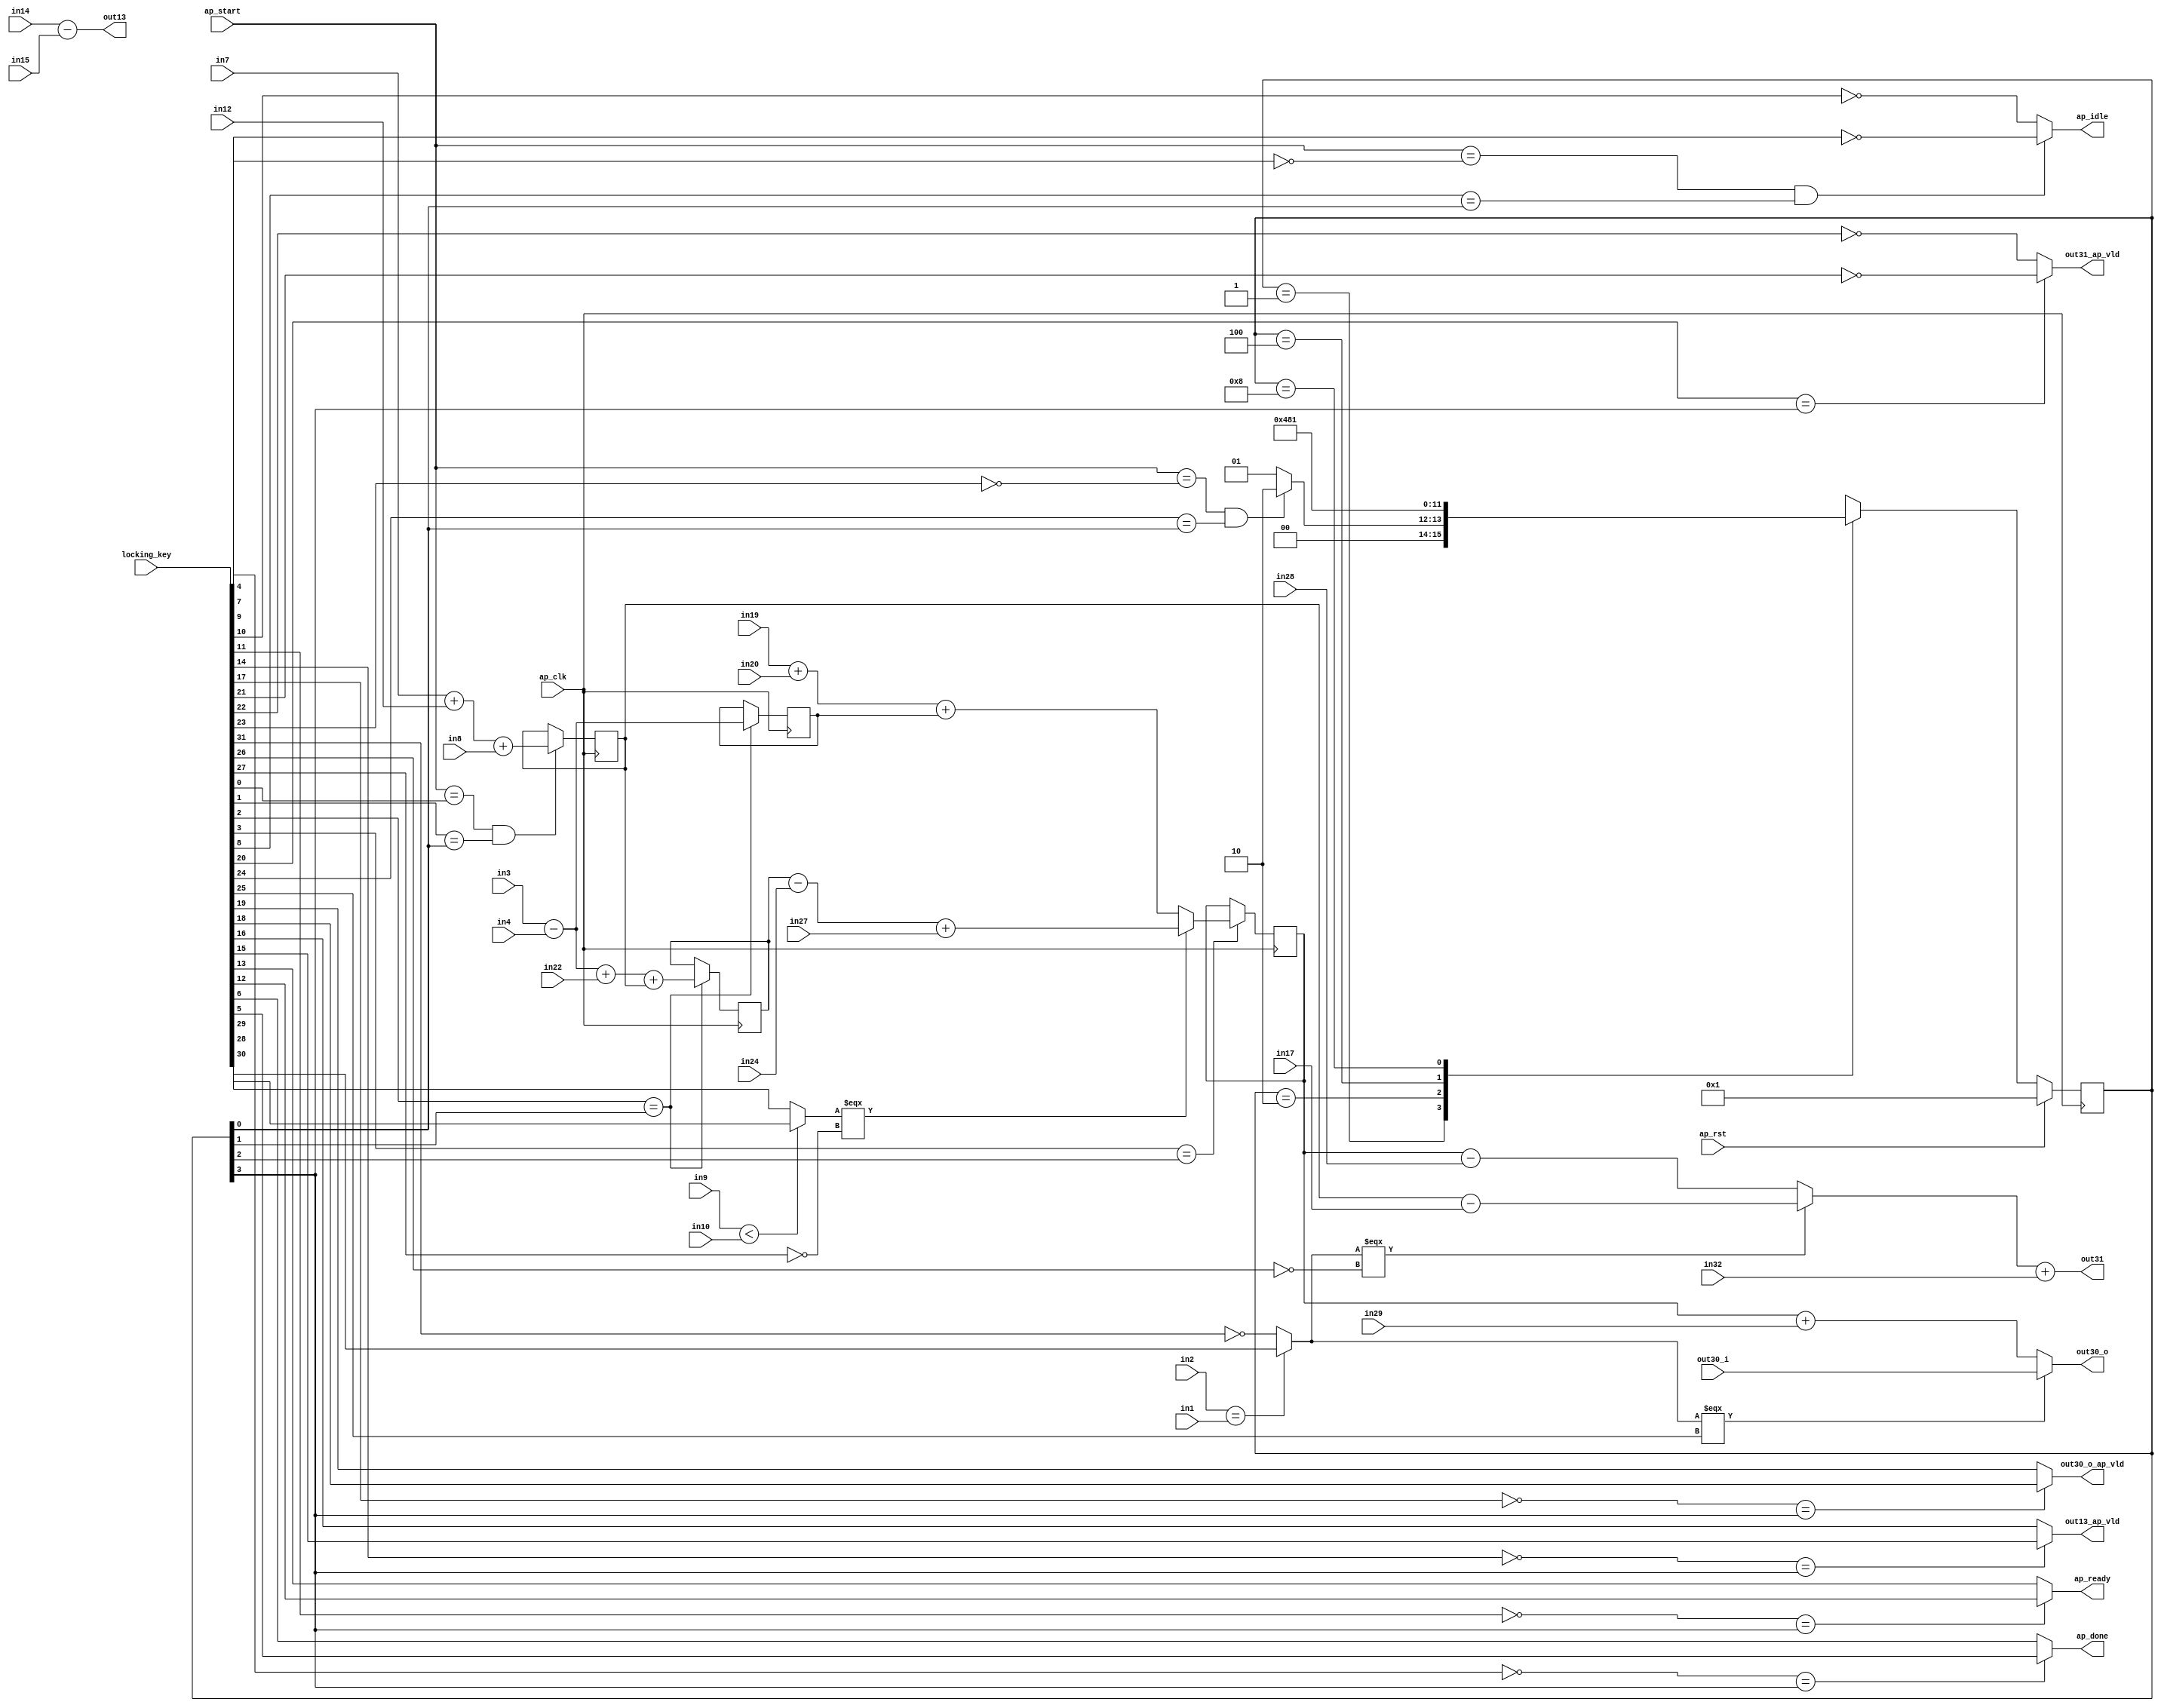

module hls_macc_0_obf
(
  ap_clk,
  ap_rst,
  ap_start,
  ap_done,
  ap_idle,
  ap_ready,
  in1,
  in2,
  in3,
  in4,
  in7,
  in8,
  in9,
  in10,
  in14,
  in12,
  in15,
  in17,
  in19,
  in20,
  in22,
  in24,
  in27,
  in28,
  in29,
  in32,
  out13,
  out13_ap_vld,
  out30_i,
  out30_o,
  out30_o_ap_vld,
  out31,
  out31_ap_vld,
  locking_key
);

  parameter ap_ST_fsm_state1 = 4'd1;
  parameter ap_ST_fsm_state2 = 4'd2;
  parameter ap_ST_fsm_state3 = 4'd4;
  parameter ap_ST_fsm_state4 = 4'd8;
  input ap_clk;
  input ap_rst;
  input ap_start;
  output ap_done;
  output ap_idle;
  output ap_ready;
  input [31:0] in1;
  input [31:0] in2;
  input [31:0] in3;
  input [31:0] in4;
  input [31:0] in7;
  input [31:0] in8;
  input [31:0] in9;
  input [31:0] in10;
  input [31:0] in14;
  input [31:0] in12;
  input [31:0] in15;
  input [31:0] in17;
  input [31:0] in19;
  input [31:0] in20;
  input [31:0] in22;
  input [31:0] in24;
  input [31:0] in27;
  input [31:0] in28;
  input [31:0] in29;
  input [31:0] in32;
  output [31:0] out13;
  output out13_ap_vld;
  input [31:0] out30_i;
  output [31:0] out30_o;
  output out30_o_ap_vld;
  output [31:0] out31;
  output out31_ap_vld;
  reg ap_done;
  reg ap_idle;
  reg ap_ready;
  reg out13_ap_vld;
  reg out30_o_ap_vld;
  reg out31_ap_vld;
  reg [3:0] ap_CS_fsm;
  wire ap_CS_fsm_state1;
  wire [31:0] t11_fu_211_p2;
  reg [31:0] t11_reg_322;
  wire [31:0] t5_fu_217_p2;
  reg [31:0] t5_reg_328;
  wire ap_CS_fsm_state2;
  wire [31:0] t23_fu_229_p2;
  reg [31:0] t23_reg_333;
  wire [31:0] t26_2_fu_262_p3;
  reg [31:0] t26_2_reg_338;
  wire ap_CS_fsm_state3;
  wire ap_CS_fsm_state4;
  wire [31:0] tmp1_fu_205_p2;
  wire [31:0] tmp2_fu_223_p2;
  wire [31:0] t25_fu_240_p2;
  wire [31:0] tmp3_fu_251_p2;
  wire [0:0] tmp_2_fu_234_p2;
  wire [31:0] t26_fu_245_p2;
  wire [31:0] t26_1_fu_257_p2;
  wire [0:0] tmp_fu_277_p2;
  wire [31:0] t16_fu_283_p2;
  wire [31:0] t16_1_fu_288_p2;
  wire [31:0] tempout30_1_fu_293_p2;
  wire [31:0] t16_2_fu_298_p3;
  reg [3:0] ap_NS_fsm;
  wire Const_0;
  wire Const_1;
  wire Const_2;
  wire Const_3;
  wire Const_4;
  wire Const_5;
  wire Const_6;
  wire Const_7;
  wire Const_8;
  wire Const_9;
  wire Const_10;
  wire Const_11;
  wire Const_12;
  wire Const_13;
  wire Const_14;
  wire Const_15;
  wire Const_16;
  wire Const_17;
  wire Const_18;
  wire Const_19;
  wire Const_20;
  wire Const_21;
  wire Const_22;
  wire Const_23;
  wire Const_24;
  wire Const_25;
  wire Const_26;
  wire Const_27;
  wire Const_28;
  wire Const_29;
  wire Const_30;
  wire Const_31;
  input [3070:0] locking_key;
  wire [31:0] working_key;

  initial begin
    #0 ap_CS_fsm = 4'd1;
  end


  always @(posedge ap_clk) begin
    if(ap_rst == 1'b1) begin
      ap_CS_fsm <= ap_ST_fsm_state1;
    end else begin
      ap_CS_fsm <= ap_NS_fsm;
    end
  end

  assign Const_0 = (1'd0 ^ working_key[0]);
  assign Const_1 = (1'd0 ^ working_key[1]);

  always @(posedge ap_clk) begin
    if((ap_start == Const_0) & (Const_1 == ap_CS_fsm_state1)) begin
      t11_reg_322 <= t11_fu_211_p2;
    end 
  end

  assign Const_2 = (1'd0 ^ working_key[2]);

  always @(posedge ap_clk) begin
    if(Const_2 == ap_CS_fsm_state2) begin
      t23_reg_333 <= t23_fu_229_p2;
      t5_reg_328 <= t5_fu_217_p2;
    end 
  end

  assign Const_3 = (1'd0 ^ working_key[3]);

  always @(posedge ap_clk) begin
    if(Const_3 == ap_CS_fsm_state3) begin
      t26_2_reg_338 <= t26_2_fu_262_p3;
    end 
  end

  assign Const_4 = (1'd1 ^ working_key[4]);
  assign Const_5 = (1'd0 ^ working_key[5]);
  assign Const_6 = (1'd0 ^ working_key[6]);

  always @(*) begin
    if(Const_4 == ap_CS_fsm_state4) begin
      ap_done = Const_5;
    end else begin
      ap_done = Const_6;
    end
  end

  assign Const_7 = (1'd1 ^ working_key[7]);
  assign Const_8 = (1'd0 ^ working_key[8]);
  assign Const_9 = (1'd1 ^ working_key[9]);
  assign Const_10 = (1'd1 ^ working_key[10]);

  always @(*) begin
    if((ap_start == Const_7) & (Const_8 == ap_CS_fsm_state1)) begin
      ap_idle = Const_9;
    end else begin
      ap_idle = Const_10;
    end
  end

  assign Const_11 = (1'd1 ^ working_key[11]);
  assign Const_12 = (1'd0 ^ working_key[12]);
  assign Const_13 = (1'd0 ^ working_key[13]);

  always @(*) begin
    if(Const_11 == ap_CS_fsm_state4) begin
      ap_ready = Const_12;
    end else begin
      ap_ready = Const_13;
    end
  end

  assign Const_14 = (1'd1 ^ working_key[14]);
  assign Const_15 = (1'd0 ^ working_key[15]);
  assign Const_16 = (1'd0 ^ working_key[16]);

  always @(*) begin
    if(Const_14 == ap_CS_fsm_state4) begin
      out13_ap_vld = Const_15;
    end else begin
      out13_ap_vld = Const_16;
    end
  end

  assign Const_17 = (1'd1 ^ working_key[17]);
  assign Const_18 = (1'd0 ^ working_key[18]);
  assign Const_19 = (1'd0 ^ working_key[19]);

  always @(*) begin
    if(Const_17 == ap_CS_fsm_state4) begin
      out30_o_ap_vld = Const_18;
    end else begin
      out30_o_ap_vld = Const_19;
    end
  end

  assign Const_20 = (1'd0 ^ working_key[20]);
  assign Const_21 = (1'd1 ^ working_key[21]);
  assign Const_22 = (1'd1 ^ working_key[22]);

  always @(*) begin
    if(Const_20 == ap_CS_fsm_state4) begin
      out31_ap_vld = Const_21;
    end else begin
      out31_ap_vld = Const_22;
    end
  end

  assign Const_23 = (1'd1 ^ working_key[23]);
  assign Const_24 = (1'd0 ^ working_key[24]);

  always @(*) begin
    case(ap_CS_fsm)
      ap_ST_fsm_state1: begin
        if((ap_start == Const_23) & (Const_24 == ap_CS_fsm_state1)) begin
          ap_NS_fsm = ap_ST_fsm_state2;
        end else begin
          ap_NS_fsm = ap_ST_fsm_state1;
        end
      end
      ap_ST_fsm_state2: begin
        ap_NS_fsm = ap_ST_fsm_state3;
      end
      ap_ST_fsm_state3: begin
        ap_NS_fsm = ap_ST_fsm_state4;
      end
      ap_ST_fsm_state4: begin
        ap_NS_fsm = ap_ST_fsm_state1;
      end
      default: begin
        ap_NS_fsm = 'bx;
      end
    endcase
  end

  assign ap_CS_fsm_state1 = ap_CS_fsm[32'd0];
  assign ap_CS_fsm_state2 = ap_CS_fsm[32'd1];
  assign ap_CS_fsm_state3 = ap_CS_fsm[32'd2];
  assign ap_CS_fsm_state4 = ap_CS_fsm[32'd3];
  assign out13 = in14 - in15;
  assign Const_25 = (1'd0 ^ working_key[25]);
  assign out30_o = (tmp_fu_277_p2[0:0] === Const_25)? out30_i : tempout30_1_fu_293_p2;
  assign out31 = t16_2_fu_298_p3 + in32;
  assign t11_fu_211_p2 = tmp1_fu_205_p2 + in8;
  assign t16_1_fu_288_p2 = t26_2_reg_338 - in28;
  assign Const_26 = (1'd1 ^ working_key[26]);
  assign t16_2_fu_298_p3 = (tmp_fu_277_p2[0:0] === Const_26)? t16_fu_283_p2 : t16_1_fu_288_p2;
  assign t16_fu_283_p2 = t11_reg_322 - in17;
  assign t23_fu_229_p2 = tmp2_fu_223_p2 + t11_reg_322;
  assign t25_fu_240_p2 = t23_reg_333 - in24;
  assign t26_1_fu_257_p2 = tmp3_fu_251_p2 + t5_reg_328;
  assign Const_27 = (1'd1 ^ working_key[27]);
  assign t26_2_fu_262_p3 = (tmp_2_fu_234_p2[0:0] === Const_27)? t26_fu_245_p2 : t26_1_fu_257_p2;
  assign t26_fu_245_p2 = t25_fu_240_p2 + in27;
  assign t5_fu_217_p2 = in3 - in4;
  assign tempout30_1_fu_293_p2 = t26_2_reg_338 + in29;
  assign tmp1_fu_205_p2 = in7 + in12;
  assign tmp2_fu_223_p2 = t5_fu_217_p2 + in22;
  assign tmp3_fu_251_p2 = in19 + in20;
  assign Const_28 = (1'd0 ^ working_key[28]);
  assign Const_29 = (1'd0 ^ working_key[29]);
  assign tmp_2_fu_234_p2 = (in9 < in10)? Const_28 : Const_29;
  assign Const_30 = (1'd0 ^ working_key[30]);
  assign Const_31 = (1'd1 ^ working_key[31]);
  assign tmp_fu_277_p2 = (in2 == in1)? Const_30 : Const_31;
  assign working_key = { locking_key[31:0] };

endmodule